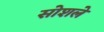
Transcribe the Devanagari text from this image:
सोशले